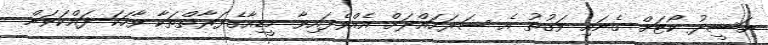
ނަޝީދު ކޯޓަށް ގެނައި ވަގުތު އެ ސަރަހައްދަށް އެއްވެފައިވާ މީޑިއާގެފަރާތްތަކާ ވާހަކަ ދައްކަވަން